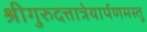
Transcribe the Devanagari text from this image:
श्रीगुरुदत्तात्रेयार्पणमस्तु